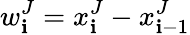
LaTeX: w_{\mathbf{i}}^{J}=x_{\mathbf{i}}^{J}-x_{\mathbf{i}-1}^{J}